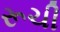
રૂચી